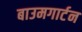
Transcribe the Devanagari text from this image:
बाउमगार्टन